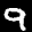
Label: 9